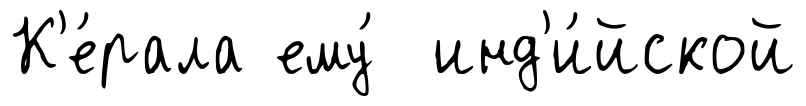
К'е́рала ему́ инд'и́йской